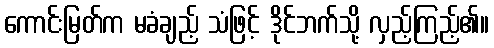
ကောင်းမြတ်က မခံချည့် သံဖြင့် ဒိုင်ဘက်သို့ လှည့်ကြည့်၏။